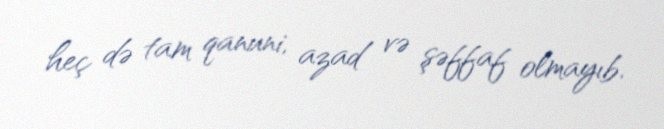
heç də tam qanuni, azad və şəffaf olmayıb.